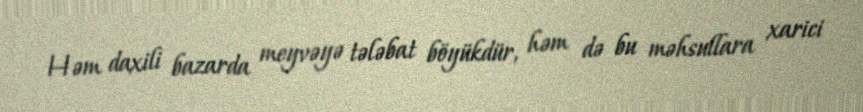
Həm daxili bazarda meyvəyə tələbat böyükdür, həm də bu məhsullara xarici